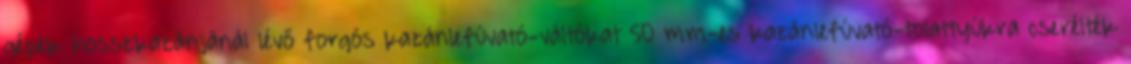
gépek hosszkazánjánál lévő forgós kazánlefúvató-váltókat 50 mm-es kazánlefúvató-tolattyúkra cserélték